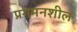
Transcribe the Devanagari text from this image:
प्रगमनशील